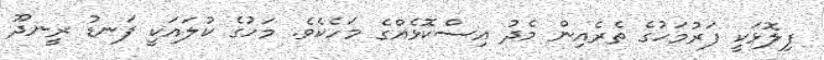
ފިލޮޅަކީ ފަރުމަހުގެ ތެރެއިން މެދު އިސްކޮޅެެއްގެ މަހެކެވެ. މަހުގެ ކުލައަކީ ފަނޑު ރީނދޫ